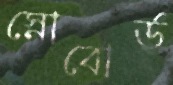
স্নোবোর্ড